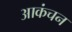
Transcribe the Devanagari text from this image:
आकंचन